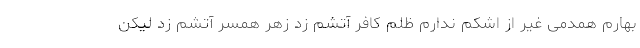
بهارم همدمی غیر از اشکم ندارم ظلمِ کافر آتشم زد زهر همسر آتشم زد لیکن